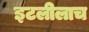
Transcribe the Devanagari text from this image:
इटलीलाच